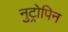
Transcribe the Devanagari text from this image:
नुट्रोपिन